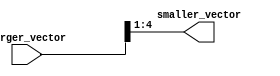
module part_select_assign (
    input [7:0] larger_vector,
    output [3:0] smaller_vector
);

assign smaller_vector = larger_vector[4:1];

endmodule